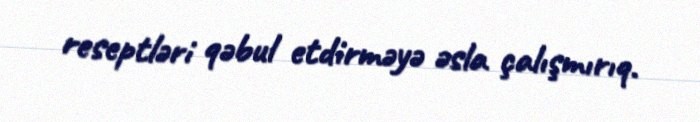
reseptləri qəbul etdirməyə əsla çalışmırıq.